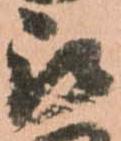
被